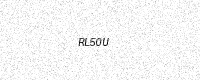
Text: RL50U